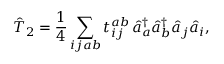
\hat { T } _ { 2 } = \frac { 1 } { 4 } \sum _ { i j a b } t _ { i j } ^ { a b } \, \hat { a } _ { a } ^ { \dagger } \hat { a } _ { b } ^ { \dagger } \hat { a } _ { j } \hat { a } _ { i } ,